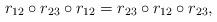
LaTeX: \begin{align*}r_{12}\circ r_{23} \circ r_{12} = r_{23}\circ r_{12} \circ r_{23},\end{align*}